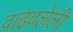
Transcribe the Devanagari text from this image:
वाढवलेली